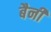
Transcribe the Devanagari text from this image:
बैनी